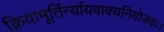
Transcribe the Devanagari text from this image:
क्रियामूर्तिर्न्यायवाक्यनियोजकः।